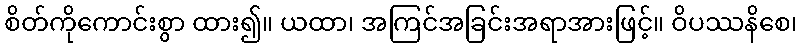
စိတ်ကိုကောင်းစွာ ထား၍။ ယထာ၊ အကြင်အခြင်းအရာအားဖြင့်။ ဝိပဿနိစေ၊